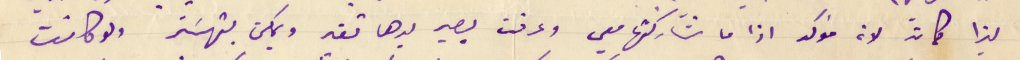
ليزا كمان لانه مؤكد اذا ما شاركتها معي وعرفت بصير بدها تغير ويمكن بتهسَتر ولو كانت